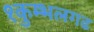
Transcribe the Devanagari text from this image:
१कुम्भलगढ